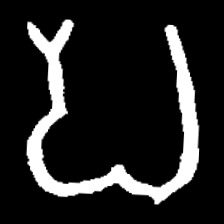
Pyu character \u2014 Myanmar letter: ပ (romanized: pa)